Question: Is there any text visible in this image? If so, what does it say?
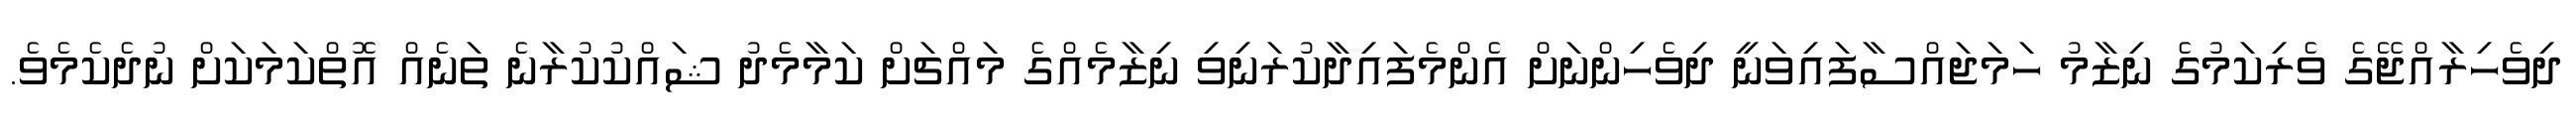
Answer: ދިވެހިރާއްޖޭގެ ވެރިކަމުގެ ނިޒާމު ހަމަޖައްސާފައިވަނީ ދިވެހިންނަށް އެންމެފައިދާކުރަނިވި ނިޒާމެއްގެ މައްޗަށް ކަމާމެދު ޝައްކުކުރާނެ ތަނެއް އޮތްކަމަކަށް ނުދެކެމެވެ.